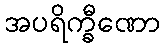
အပရိက္ခီဏော